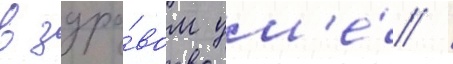
в здра́вом ум'е́ /